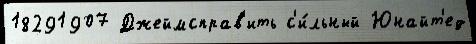
18291907 Джеймсправ'ить с'и́льный Юнайт'ед